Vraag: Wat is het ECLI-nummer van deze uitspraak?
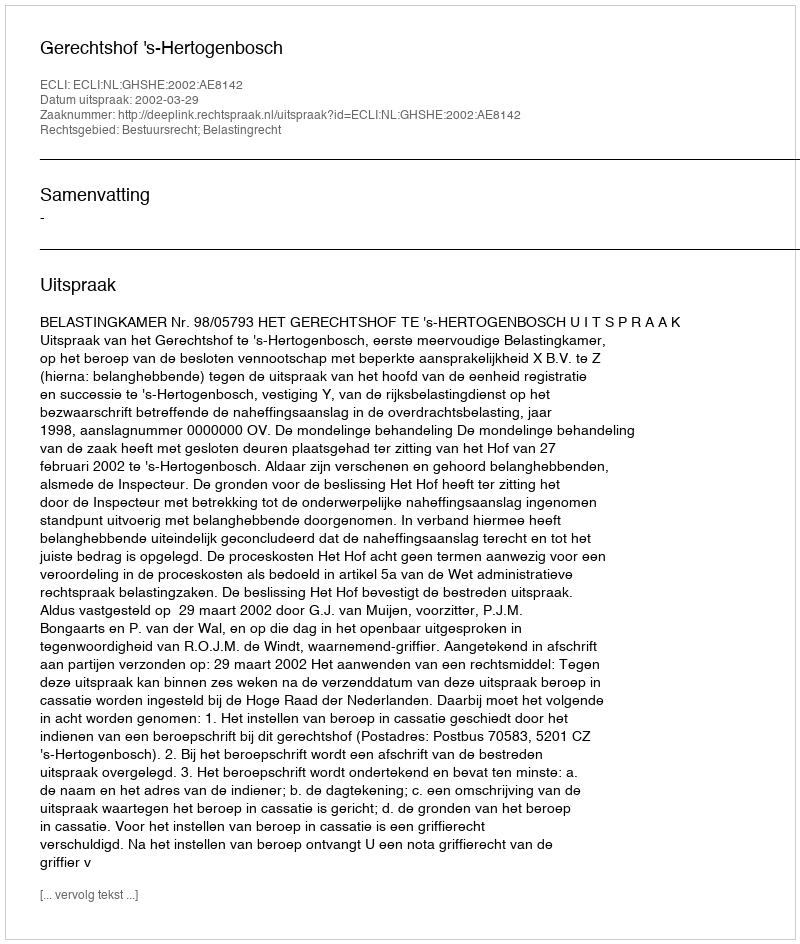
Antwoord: ECLI:NL:GHSHE:2002:AE8142